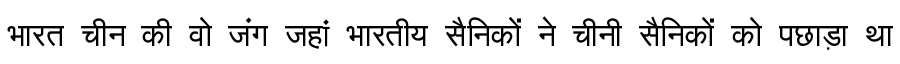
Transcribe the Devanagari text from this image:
भारत चीन की वो जंग जहां भारतीय सैनिकों ने चीनी सैनिकों को पछाड़ा था